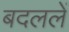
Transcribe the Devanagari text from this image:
बदललें